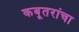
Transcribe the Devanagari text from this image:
कबूतरांचा